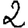
Digit: 2